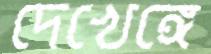
দেখেঙ্গে